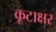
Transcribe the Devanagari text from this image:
कूटाक्षर